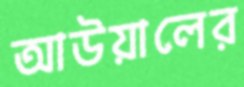
আউয়ালের